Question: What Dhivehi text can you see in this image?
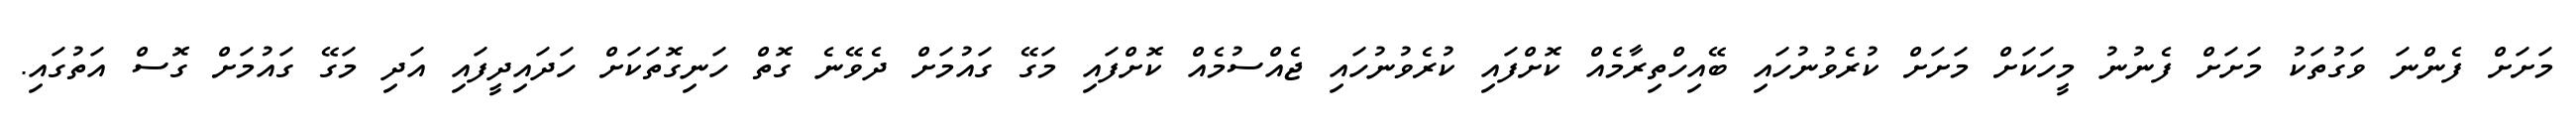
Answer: މަށަށް ފެންނަ ވަގުތަކު މަށަށް ފެނުނު މީހަކަށް މަށަށް ކުރެވުނުހައި ބޭއިހްތިރާމެއް ކޮށްފައި ކުރެވުނުހައި ޖެއްސުމެއް ކޮށްފައި މަގޭ ގައުމަށް ދެވޭނެ ގޮތް ހަނިގޮތަކަށް ހަދައިދީފައި އަދި މަގޭ ގައުމަށް ގޮސް އަތުގައި.